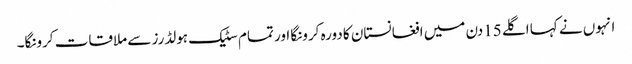
انہوں نے کہا اگلے 15دن میں افغانستان کا دورہ کرونگا اور تمام سٹیک ہولڈرز سے ملاقات کرونگا۔